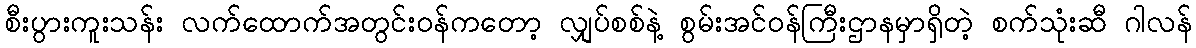
စီးပွားကူးသန်း လက်ထောက်အတွင်းဝန်ကတော့ လျှပ်စစ်နဲ့ စွမ်းအင်ဝန်ကြီးဌာနမှာရှိတဲ့ စက်သုံးဆီ ဂါလန်